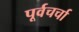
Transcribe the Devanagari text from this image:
पूर्वचर्चा